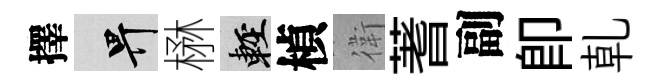
擇畀楙輕楨衛蓍副即乹